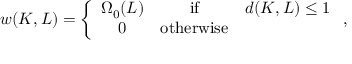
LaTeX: w ( K , L ) = \left\{ \begin{array} { c c c } { { \Omega _ { 0 } ( L ) } } & { { \mathrm { i f } } } & { { d ( K , L ) \leq 1 } } \\ { { 0 } } & { { \mathrm { o t h e r w i s e } } } & { { } } \end{array} \right. ,